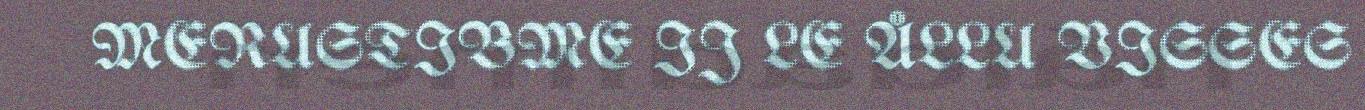
MERUSTIBME IJ LE ÅLLU VISSES